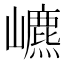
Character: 𡾌